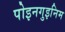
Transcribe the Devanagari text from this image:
पोइनगुइनिम